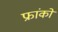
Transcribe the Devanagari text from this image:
फ्रांकों